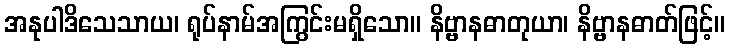
အနုပါဒိသေသာယ၊ ရုပ်နာမ်အကြွင်းမရှိသော။ နိဗ္ဗာနဓာတုယာ၊ နိဗ္ဗာနဓာတ်ဖြင့်။